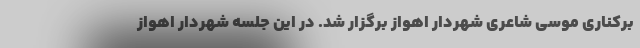
برکناری موسی شاعری شهردار اهواز برگزار شد. در این جلسه شهردار اهواز